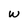
Character: W